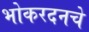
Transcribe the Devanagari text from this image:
भोकरदनचे